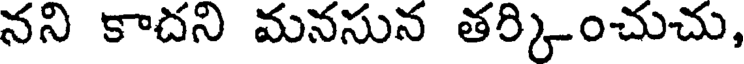
నని కాదని మనసున తర్కించుచు,